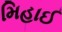
મિહાઈ